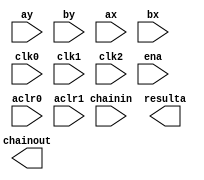
module int_sop_2 (
		input  wire [18:0] ay,       //       ay.ay
		input  wire [18:0] by,       //       by.by
		input  wire [17:0] ax,       //       ax.ax
		input  wire [17:0] bx,       //       bx.bx
		input  wire [63:0] chainin,  //  chainin.chainin
		output wire [36:0] resulta,  //  resulta.resulta
		output wire [63:0] chainout, // chainout.chainout
		input  wire        clk0,     //     clk0.clk
		input  wire        clk1,     //     clk1.clk
		input  wire        clk2,     //     clk2.clk
		input  wire [2:0]  ena,      //      ena.ena
		input  wire        aclr0,    //    aclr0.reset
		input  wire        aclr1     //    aclr1.reset
	);
endmodule